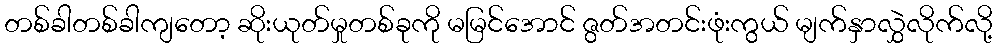
တစ်ခါတစ်ခါကျတော့ ဆိုးယုတ်မှုတစ်ခုကို မမြင်အောင် ဇွတ်အတင်းဖုံးကွယ် မျက်နှာလွှဲလိုက်လို့